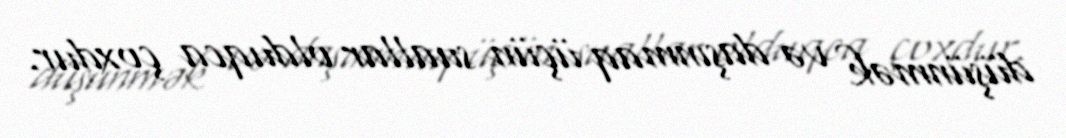
düşünmək və daşınmaq üçün suallar olduqca çoxdur.